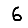
Digit: 6